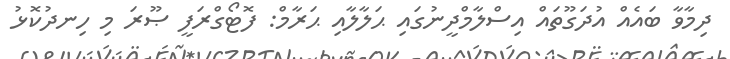
ދިމާވާ ބައެއް އުދަގޫތައް އިސްލާމްދީނުގައި ޙަލާލާއި ޙަރާމް: ފޮޓޯގްރަފީ ޞޫރަ މި ހިނދުކޮޅު